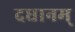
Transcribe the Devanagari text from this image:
दधानम्‌